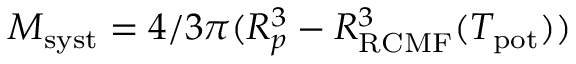
M _ { \mathrm { s y s t } } = 4 / 3 \pi ( R _ { p } ^ { 3 } - R _ { \mathrm { R C M F } } ^ { 3 } ( T _ { \mathrm { p o t } } ) )